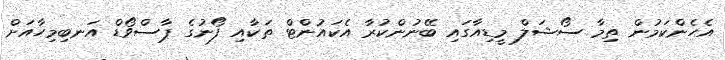
އެހެންކަމުން ތިމާ ސޯޝަލް މީޑިއާގައި ބޭނުންކުރާ އެކައުންޓް ތަކާއި ފޯނުގެ ޕާސްވޯޑް އަނބިމިހާއަށް